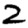
Digit: 2